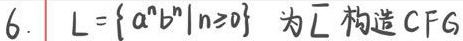
6. $L = \{ a^n b^n | n \geq 0 \}$ 为 $L$ 构造 CFG